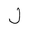
Letter: _lam